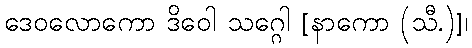
ဒေဝလောကော ဒိဝေါ သဂ္ဂေါ [နာကော (သီ.)]၊